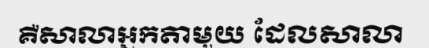
គឺសាលាអ្នកតាមួយ ដែលសាលា